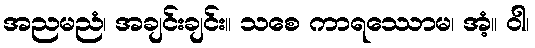
အညမညံ၊ အချင်းချင်း။ သစေ ကာရဿောမ၊ အံ့။ ဝါ၊